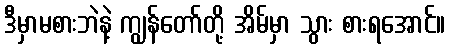
ဒီမှာမစားဘဲနဲ့ ကျွန်တော်တို့ အိမ်မှာ သွား စားရအောင်။